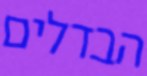
הבדלים